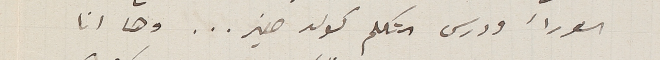
الورأ ودرس التكلم كولد صغير... وها انا